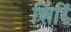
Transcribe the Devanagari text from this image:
शिरिं